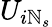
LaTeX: U_{i\mathbb{N}_{s}}